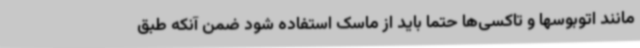
مانند اتوبوسها و تاکسی‌ها حتما باید از ماسک استفاده شود ضمن آنکه طبق